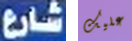
شارع عليك